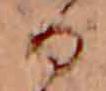
る